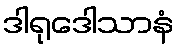
ဒါရုဒေါသာနံ